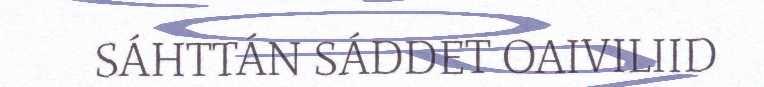
SÁHTTÁN SÁDDET OAIVILIID